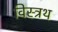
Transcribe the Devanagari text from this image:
विस्त्रथ